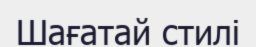
Шағатай стилі